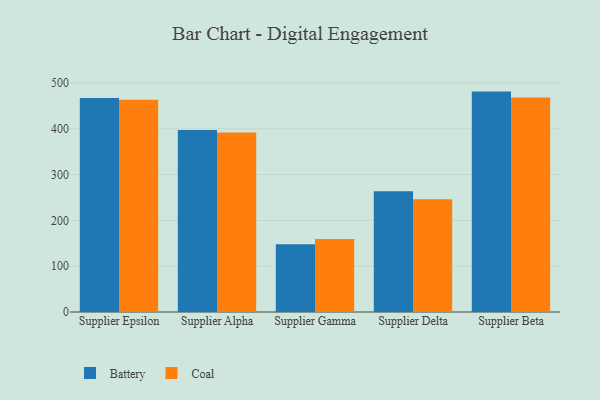
{"axis": {"x": "Supplier", "y": "Bounce Rate (%)"}, "legend": ["Battery", "Coal"], "data": [{"x": "Supplier Epsilon", "y": 467.4, "type": "Battery"}, {"x": "Supplier Epsilon", "y": 463.5, "type": "Coal"}, {"x": "Supplier Alpha", "y": 397.4, "type": "Battery"}, {"x": "Supplier Alpha", "y": 391.6, "type": "Coal"}, {"x": "Supplier Gamma", "y": 147.7, "type": "Battery"}, {"x": "Supplier Gamma", "y": 159.3, "type": "Coal"}, {"x": "Supplier Delta", "y": 263.6, "type": "Battery"}, {"x": "Supplier Delta", "y": 246.3, "type": "Coal"}, {"x": "Supplier Beta", "y": 481.1, "type": "Battery"}, {"x": "Supplier Beta", "y": 468.2, "type": "Coal"}]}